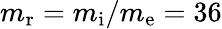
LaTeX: m_{\mathrm{r}}=m_{\mathrm{i}}/m_{\mathrm{e}}=36